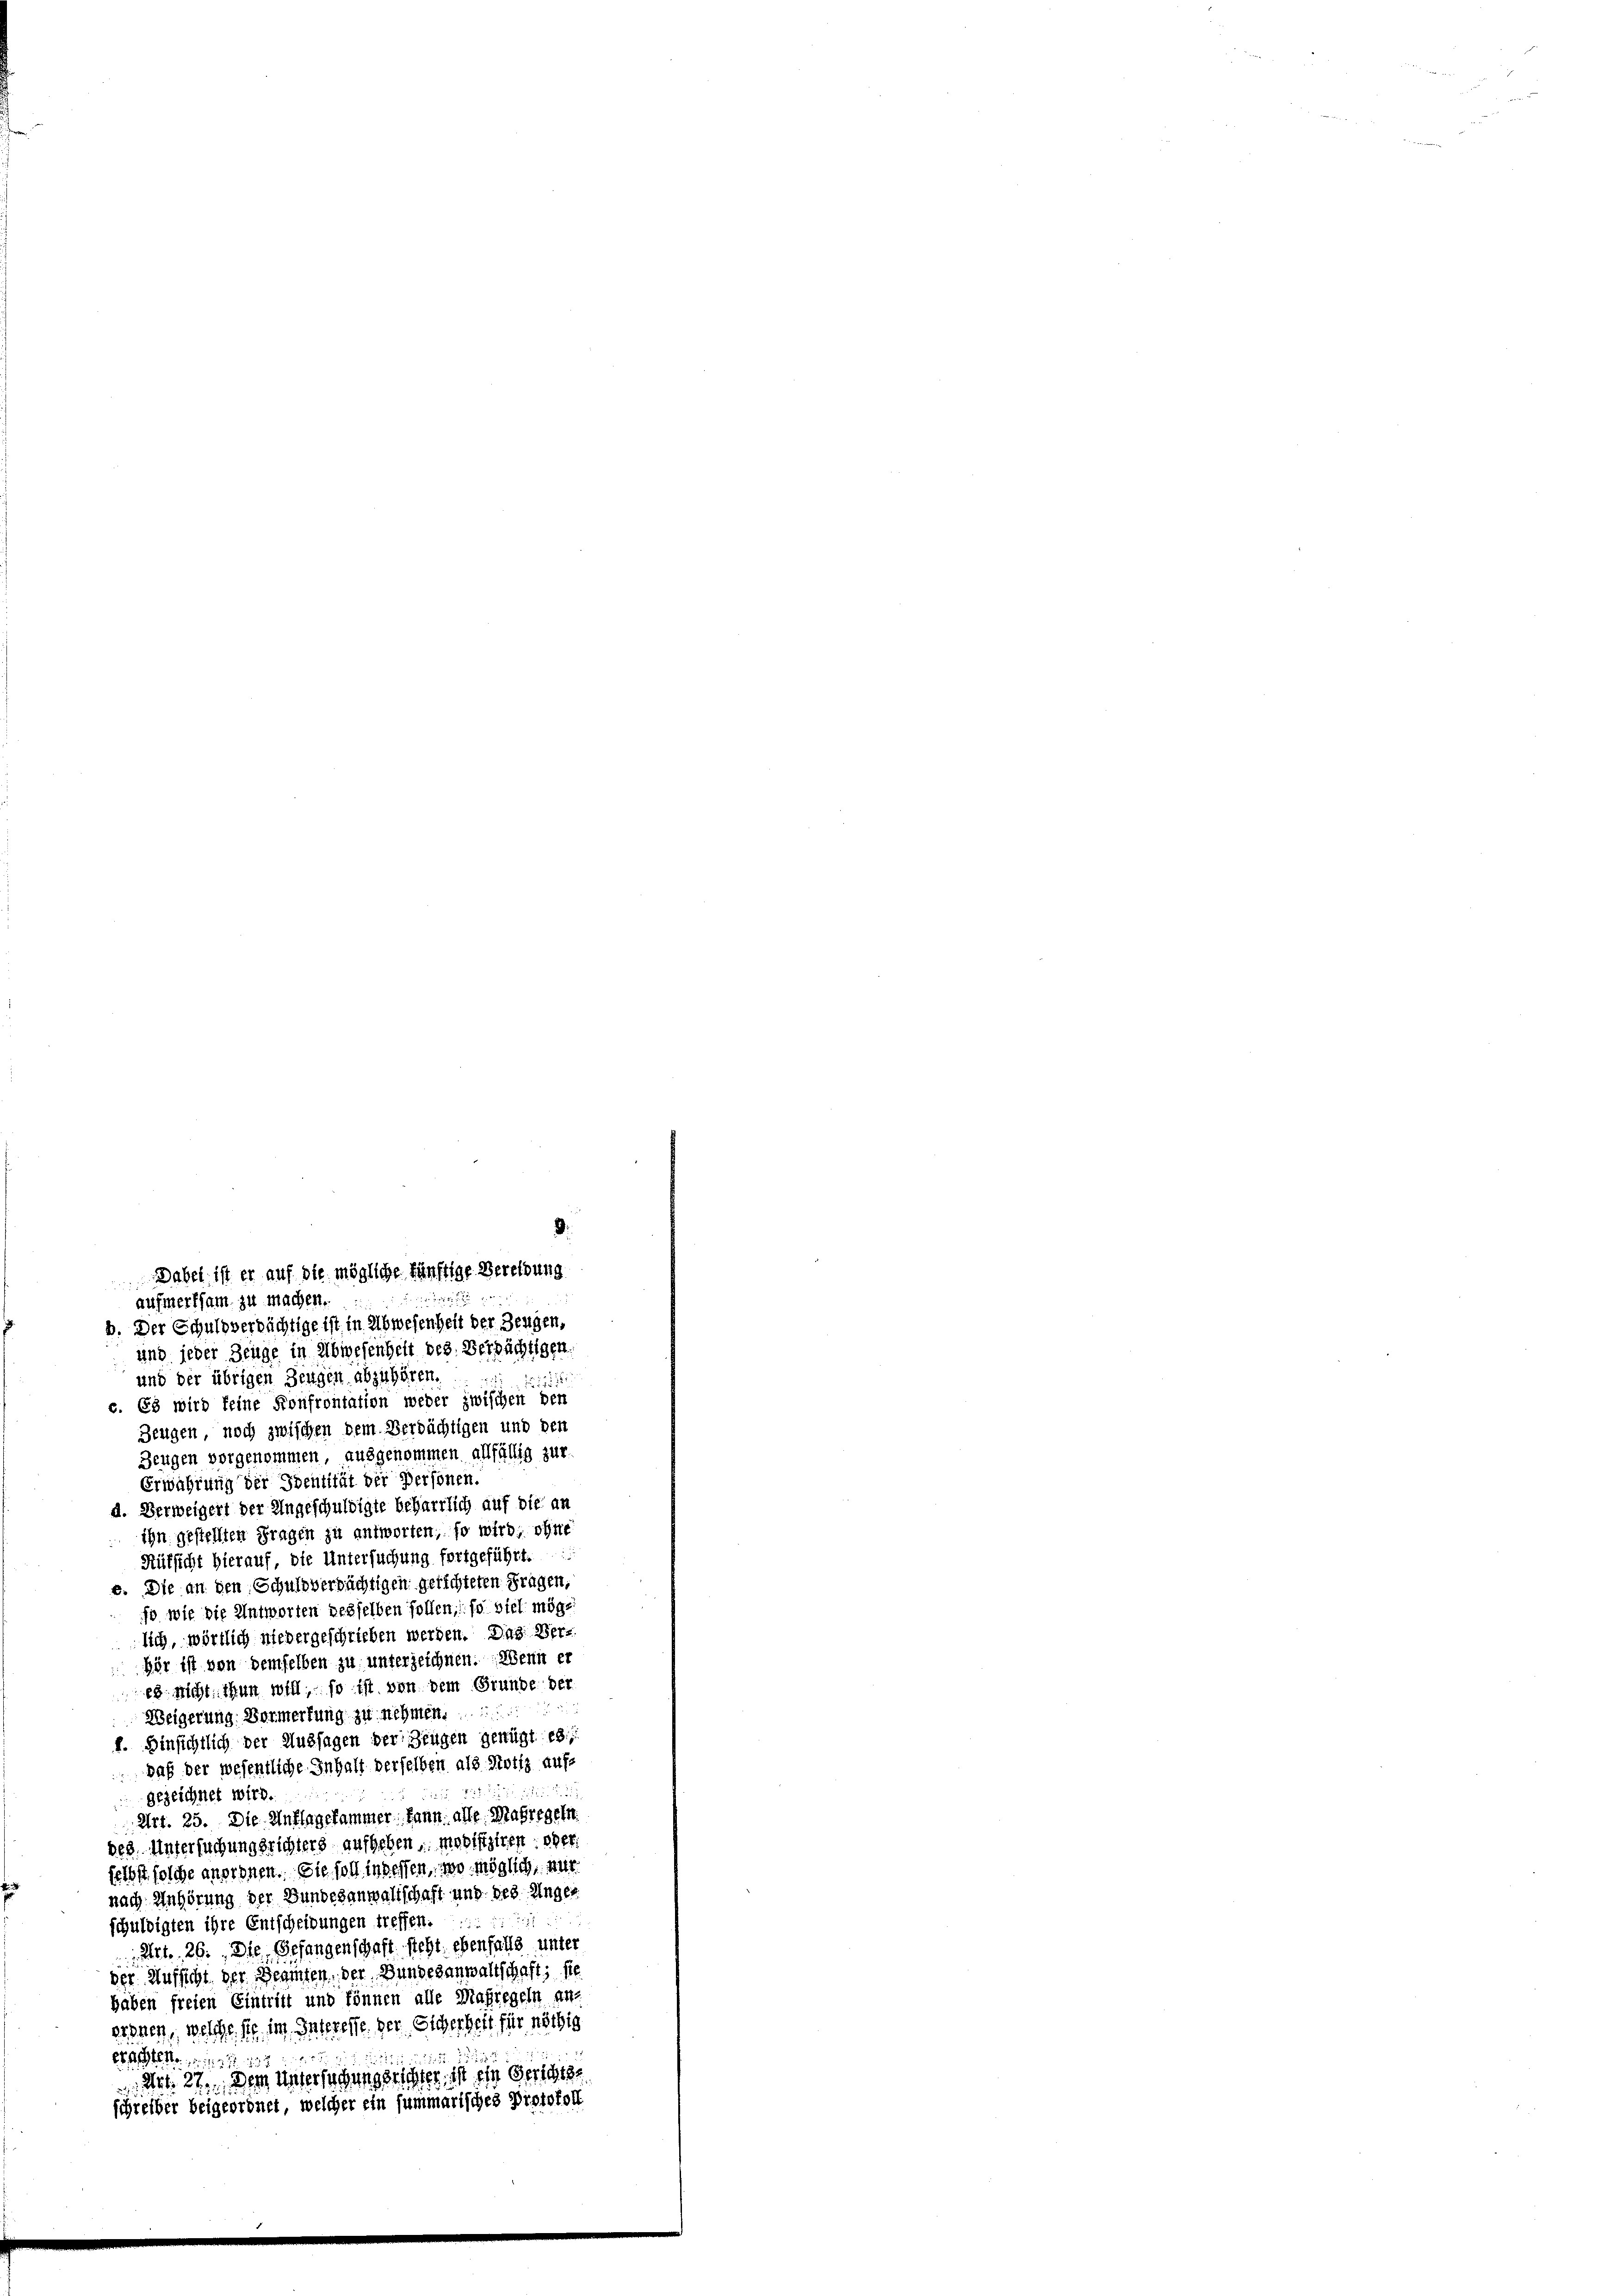
aufmerksam zu machen.
b. Der Schuldverdächtige ist, in Abwesenheit der Zeugen,
und jeder Zeuge in Abwesenheit des Verpächtigen
und der übrigen Zeugen abzuhören.
Z 111 18
e. Es wird keine Konfrontation weder zwischen den
Zeugen, noch zwischen dem Verdächtigen und den
Zeugen vorgenommen, ausgenommen allfällig zur
Erwährung der Identität der Personen.
d. Verweigert der Ungeschuldigte beharrlich auf die an
ihn gestellten Fragen zu antworten, so wird, ohne
Rüksicht hierauf, die Untersuchung fortgeführt.
e. Die an den Schuldversüchtigen gerichteten Fragen,
so wie die Antworten desselben sollen, so viel möglich, wörtlich niedergeschrieben werden. Das Verhör ist von demselben zu unterzeichnen. Wenn er
es nicht thun will, so ist von dem Grunde der
Weigerung. Vormerkung zu nehmen.
f. Hinsichtlich der Aussagen der Zeugen genügt es
 Daß der wesentliche Inhalt derselben als Notiz aufs
n
gezeichnet wird.
Art. 25. Die Auflagekammer kann alle Maßregeln.
des Untersuchungsrichters aufgeben Modifiziren; oder
felbst solche anordnen. Sie soll in dessen, wo möglich, nur
nach Anhörung der Bundesanwaltschaft und des Unger
a
schuldigten ihre Entscheidungen treffen.
Art. 26. Die Gefangenschaft steht; ebenfalls unter
der Aufsicht der Beamten. Der Bundesanwaltschaft; sie
haben freien Eintritt und können alle Magregeln an-
essner, welche sie im Interesse. Der Sicherheit für nöthig
2127
drt. 27. Dem untersehungsrichter, ist ein Gerichtse
schreiber beigeordnet, welcher ein summarisches Protokoll

Dabei, ist er auf die mögliche künftige Bereibung